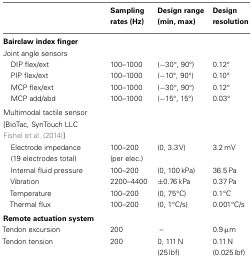
|  | Sampling rates (Hz) | Design range (min, max) | Design resolution |
 | --- | --- | --- | --- |
 | Bairclaw index finger |
 | Joint angle sensors |
 | DIP flex/ext | 100–1000 | (−30°, 90°) | 0.12° |
 | PIP flex/ext | 100–1000 | (−10°, 90°) | 0.10° |
 | MCP flex/ext | 100–1000 | (−30°, 90°) | 0.12° |
 | MCP add/abd | 100–1000 | (−15°, 15°) | 0.03° |
 | Multimodal tactile sensor [BioTac, SynTouch LLC Fishel et al. (2014)] |
 | Electrode impedance(19 electrodes total) | 100–200 (per elec.) | (0, 3.3 V) | 3.2 mV |
 | Internal fluid pressure | 100–200 | (0, 100 kPa) | 36.5 Pa |
 | Vibration | 2200–4400 | ±0.76 kPa | 0.37 Pa |
 | Temperature | 100–200 | (0, 75°C) | 0.1°C |
 | Thermal flux | 100–200 | (0, 1°C/s) | 0.001°C/s |
 | Remote actuation system |
 | Tendon excursion | 200 | – | 0.9 μm |
 | Tendon tension | 200 | 0, 111 N (25 lbf) | 0.11 N (0.025 lbf) |